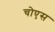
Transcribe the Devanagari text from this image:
चोएस